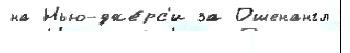
на Нью-дже́рс'и за Ошенангл